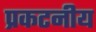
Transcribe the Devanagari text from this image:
प्रकटनीय